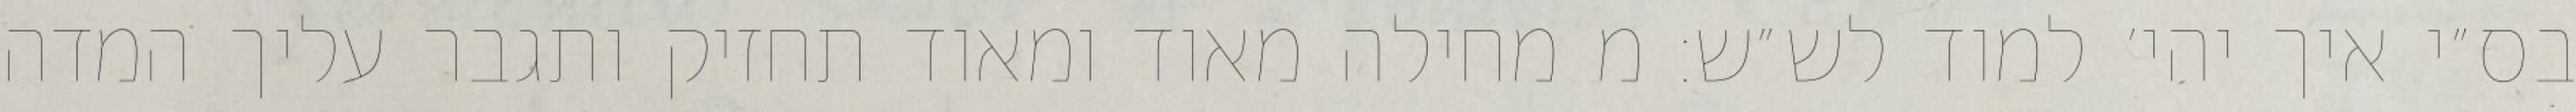
בס״י איך יהי׳ למוד לש״ש: מ מחילה מאוד ומאוד תחזיק ותגבר עליך המדה